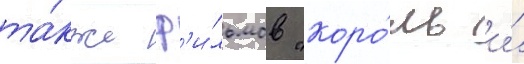
та́кже ф'и́льмов "коро́ль и́